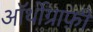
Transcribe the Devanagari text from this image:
ऑर्थोग्राफ़ी